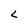
Character: L